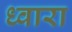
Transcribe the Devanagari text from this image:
ध्वारा